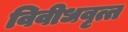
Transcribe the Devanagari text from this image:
विवीधवृत्त